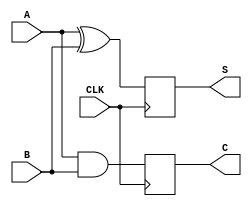
module SequentialHalfAdder (
    input wire A,         // Input A
    input wire B,         // Input B
    input wire CLK,       // Clock signal
    output reg S,         // Sum output
    output reg C          // Carry output
);

    // Internal registers to hold the current state
    reg sum_reg;          // Register to hold the current sum
    reg carry_reg;        // Register to hold the current carry

    // Initial block to set the initial state of the registers
    initial begin
        sum_reg = 1'b0;
        carry_reg = 1'b0;
    end

    // Always block triggered on the rising edge of the clock
    always @(posedge CLK) begin
        // Compute new sum and carry
        sum_reg <= A ^ B;       // Sum is A XOR B
        carry_reg <= A & B;     // Carry is A AND B
    end

    // Assign the outputs
    always @(*) begin
        S = sum_reg;           // Output the current sum
        C = carry_reg;         // Output the current carry
    end

endmodule